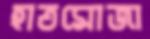
হাতমোজা